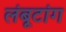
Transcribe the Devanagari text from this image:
लंबूटांग